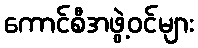
ကောင်စီအဖွဲ့ဝင်များ